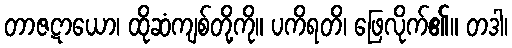
တာဇဋာယော၊ ထိုဆံကျစ်တို့ကို။ ပကိရတိ၊ ဖြေလိုက်၏။ တဒါ၊